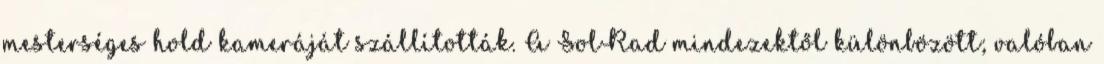
mesterséges hold kameráját szállították. A SolRad mindezektől különbözött; valóban